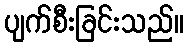
ပျက်စီးခြင်းသည်။